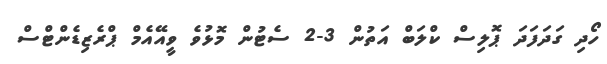
ހޯދި ގަދަފަދަ ޕޮލިސް ކްލަބް އަތުން 3-2 ސެޓުން މޮޅުވެ ވީއޭއެމް ޕްރެޒިޑެންޓްސް